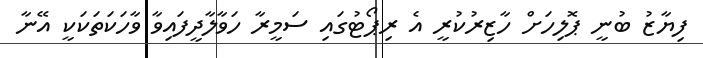
ފިޔާޒު ބުނީ ޕޮލިހަށް ހާޒިރުކުރީ އެ ރިޕޯޓުގައި ސަމީރާ ހަވާލާދީފައިވާ ވާހަކަތަކަކީ އޭނާ